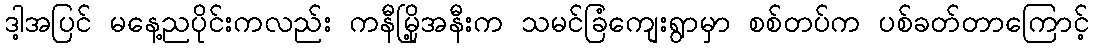
ဒါ့အပြင် မနေ့ညပိုင်းကလည်း ကနီမြို့အနီးက သမင်ခြံကျေးရွာမှာ စစ်တပ်က ပစ်ခတ်တာကြောင့်